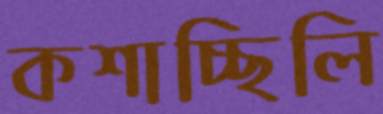
কশাচ্ছিলি